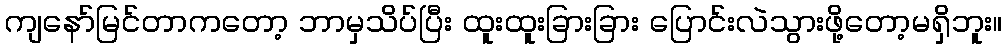
ကျနော်မြင်တာကတော့ ဘာမှသိပ်ပြီး ထူးထူးခြားခြား ပြောင်းလဲသွားဖို့တော့မရှိဘူး။